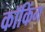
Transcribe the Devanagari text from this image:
कॉकिंग